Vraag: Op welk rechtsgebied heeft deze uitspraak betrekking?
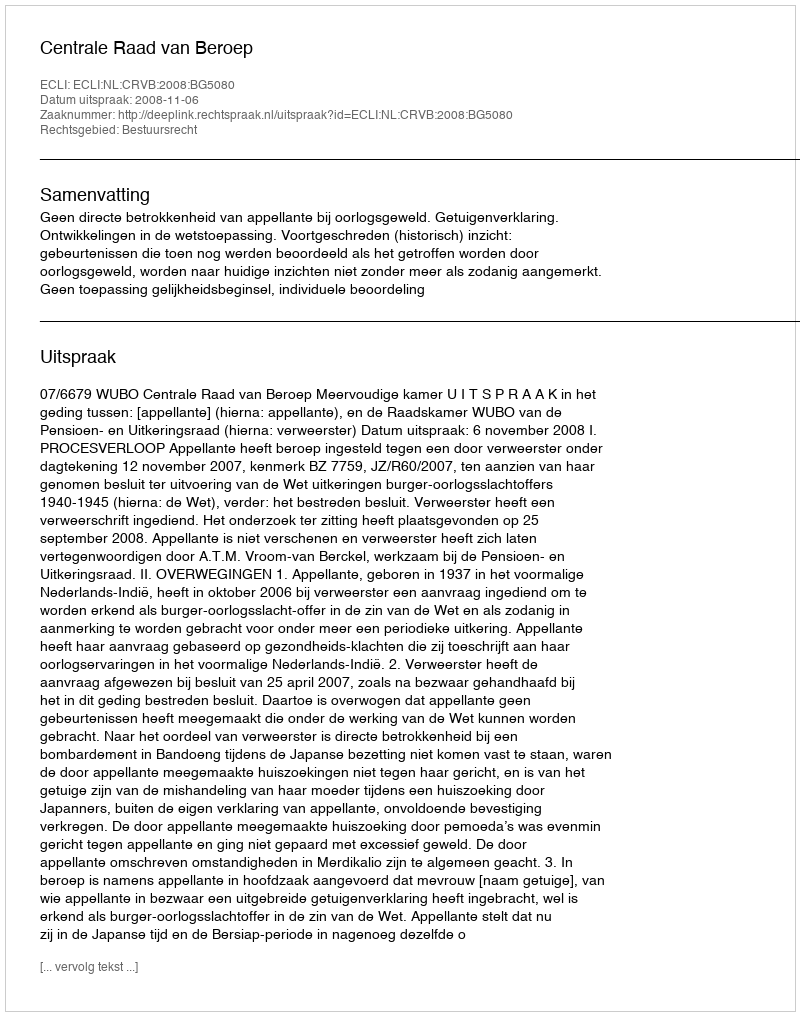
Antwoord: Bestuursrecht